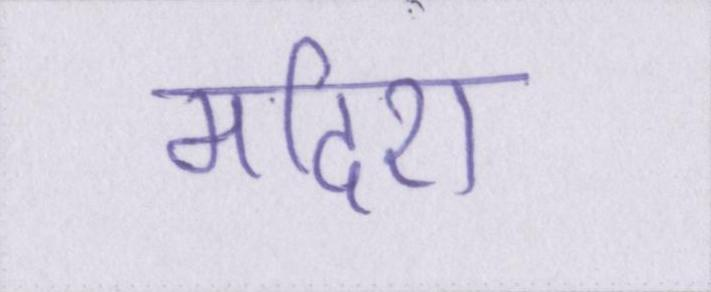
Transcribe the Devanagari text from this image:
मदिरा